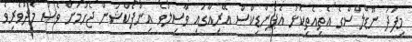
މިފަދަ ނޫޑްލްސްގެ އެތިއެތިކޮޅު އެޕެންޑިކްސް އޭރިއާގައި ވާސިލުވެ އިންފެކްޝަން ޖެހުމަށް ވެސް މެދުވެރިވެ